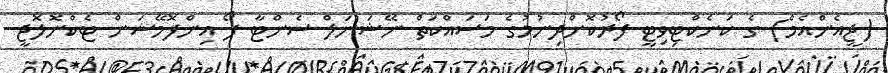
(ޖީއެންއެމް) ގެ ކަނެކްޓިވިޓީ ފޯރުކޮށްދިނުމުގެ މަސައްކަތް ނޭޝަނަލް ސެންޓާ ފޯ އިންފޮމޭޝަން ޓެކްނޮލޮޖީ